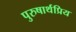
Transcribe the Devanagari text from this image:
पुरुषार्थप्रिय